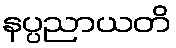
နပ္ပညာယတိ